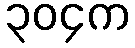
၃၀၄က